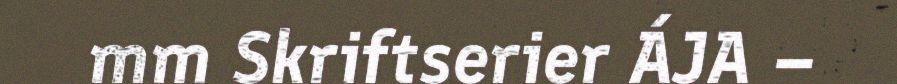
mm Skriftserier ÁJA –